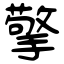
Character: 擎